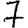
Digit: 7